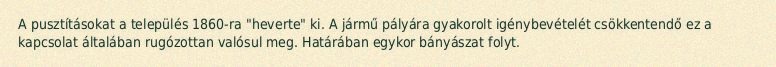
A pusztításokat a település 1860-ra "heverte" ki. A jármű pályára gyakorolt igénybevételét csökkentendő ez a kapcsolat általában rugózottan valósul meg. Határában egykor bányászat folyt.